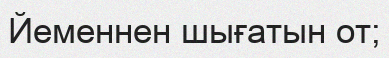
Йеменнен шығатын от;